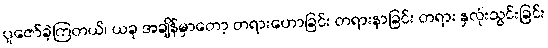
ပူဇော်ခဲ့ကြတယ်၊ ယခု အချိန်မှာတော့ တရားဟောခြင်း တရားနာခြင်း တရား နှလုံးသွင်းခြင်း